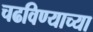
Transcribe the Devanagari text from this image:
चढविण्याच्या